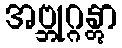
အဗ္ဘုဂ္ဂန္တွာ